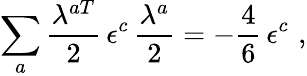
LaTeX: \sum_{a}\frac{\lambda^{aT}}2\, \epsilon^{c}\, \frac{\lambda^{a}}2=-\frac 46\, \epsilon^{c}\, \, ,